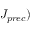
J _ { p r e c } )